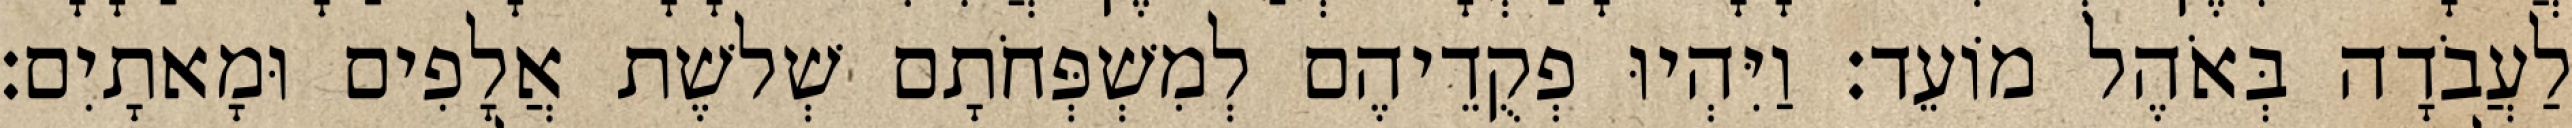
לַעֲבֹדָה בְּאֹהֶל מוֹעֵד׃ וַיִּהְיוּ פְקֻדֵיהֶם לְמִשְׁפְּחֹתָם שְׁלשֶׁת אֲלָפִים וּמָאתָיִם׃